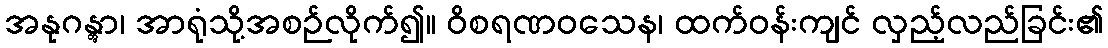
အနုဂန္တွာ၊ အာရုံသို့အစဉ်လိုက်၍။ ဝိစရဏဝသေန၊ ထက်ဝန်းကျင် လှည့်လည်ခြင်း၏